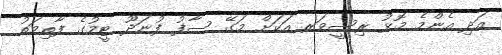
އަދި އެންމެ މޮޅު ރިސީވަރ އަކަށް މަަގޭ ސާފު ފުނަދޫ ޓީމުގެ ފާތިމަތު